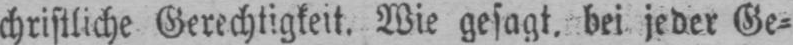
christliche Gerechtigkeit. Wie gesagt. bei jeder Ge⸗